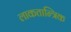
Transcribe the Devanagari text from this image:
लाकतान्त्रिक